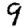
Digit: 9